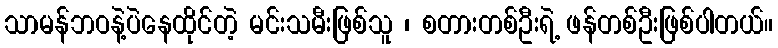
သာမန်ဘဝနဲ့ပဲနေထိုင်တဲ့ မင်းသမီးဖြစ်သူ ၊ စတားတစ်ဦးရဲ့ ဖန်တစ်ဦးဖြစ်ပါတယ်။